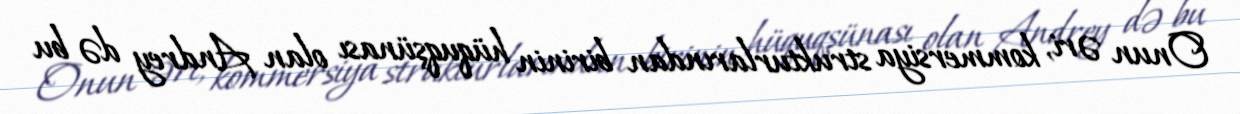
Onun əri, kommersiya strukturlarından birinin hüquqşünası olan Andrey də bu